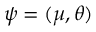
\boldsymbol { \psi } = ( \boldsymbol { \mu } , \boldsymbol { \theta } )